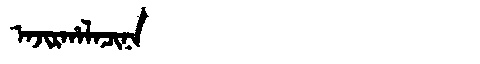
Manchu: ᠠᠵᡳᡵᡥᠠᠯᠠᠴᡳᠨᠠ
Romanization: AJIRHALACINA